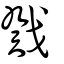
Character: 戣